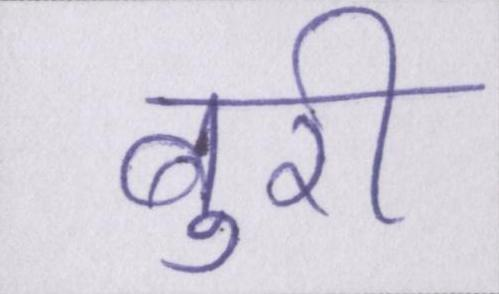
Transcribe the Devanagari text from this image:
बुरी